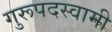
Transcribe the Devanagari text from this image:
गुरूपदस्वामी